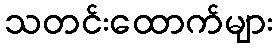
သတင်းထောက်များ